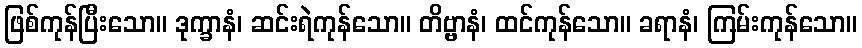
ဖြစ်ကုန်ပြီးသော။ ဒုက္ခာနံ၊ ဆင်းရဲကုန်သော။ တိဗ္ဗာနံ၊ ထင်ကုန်သော။ ခရာနံ၊ ကြမ်းကုန်သော။